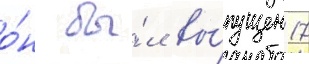
о́н бы́л вы́пущен 17